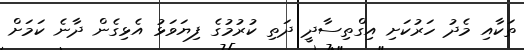
ތަކާއި މެދު ހަރުކަށި އިގްތިސާދީ ދަތި ކުރުމުގެ ފިޔަވަޅު އެޅިގެން ދާނެ ކަމަށް